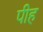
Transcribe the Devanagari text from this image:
पीह